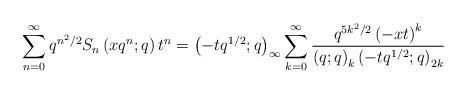
LaTeX: \begin{align*}\sum_{n=0}^{\infty}q^{n^{2}/2}S_{n}\left(xq^{n};q\right)t^{n}=\left(-tq^{1/2};q\right)_{\infty}\sum_{k=0}^{\infty}\frac{q^{5k^{2}/2}\left(-xt\right)^{k}}{\left(q;q\right)_{k}\left(-tq^{1/2};q\right)_{2k}}\end{align*}